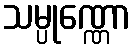
သမ္ပုဏ္ဏော